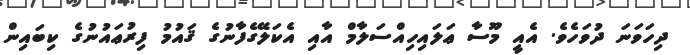
ދިހަވަނަ ދުވަހެވެ. އެއީ މޫސާ ޢަލައިހިއްސަލާމް އާއި އެކަލޭގެފާނުގެ ޤައުމު ފިރުޢައުނުގެ ކިބައިން